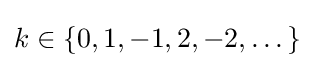
k\in \{0,1,-1,2,-2,\dots \}